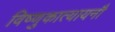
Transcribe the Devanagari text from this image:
विष्णुकात्यायनौ